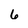
Character: 6